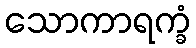
သောကာရက္ခံ